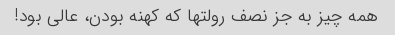
همه چیز به جز نصف رولتها که کهنه بودن، عالی بود!